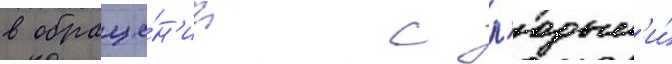
в обраще́н'ии с л'юдьм'и́